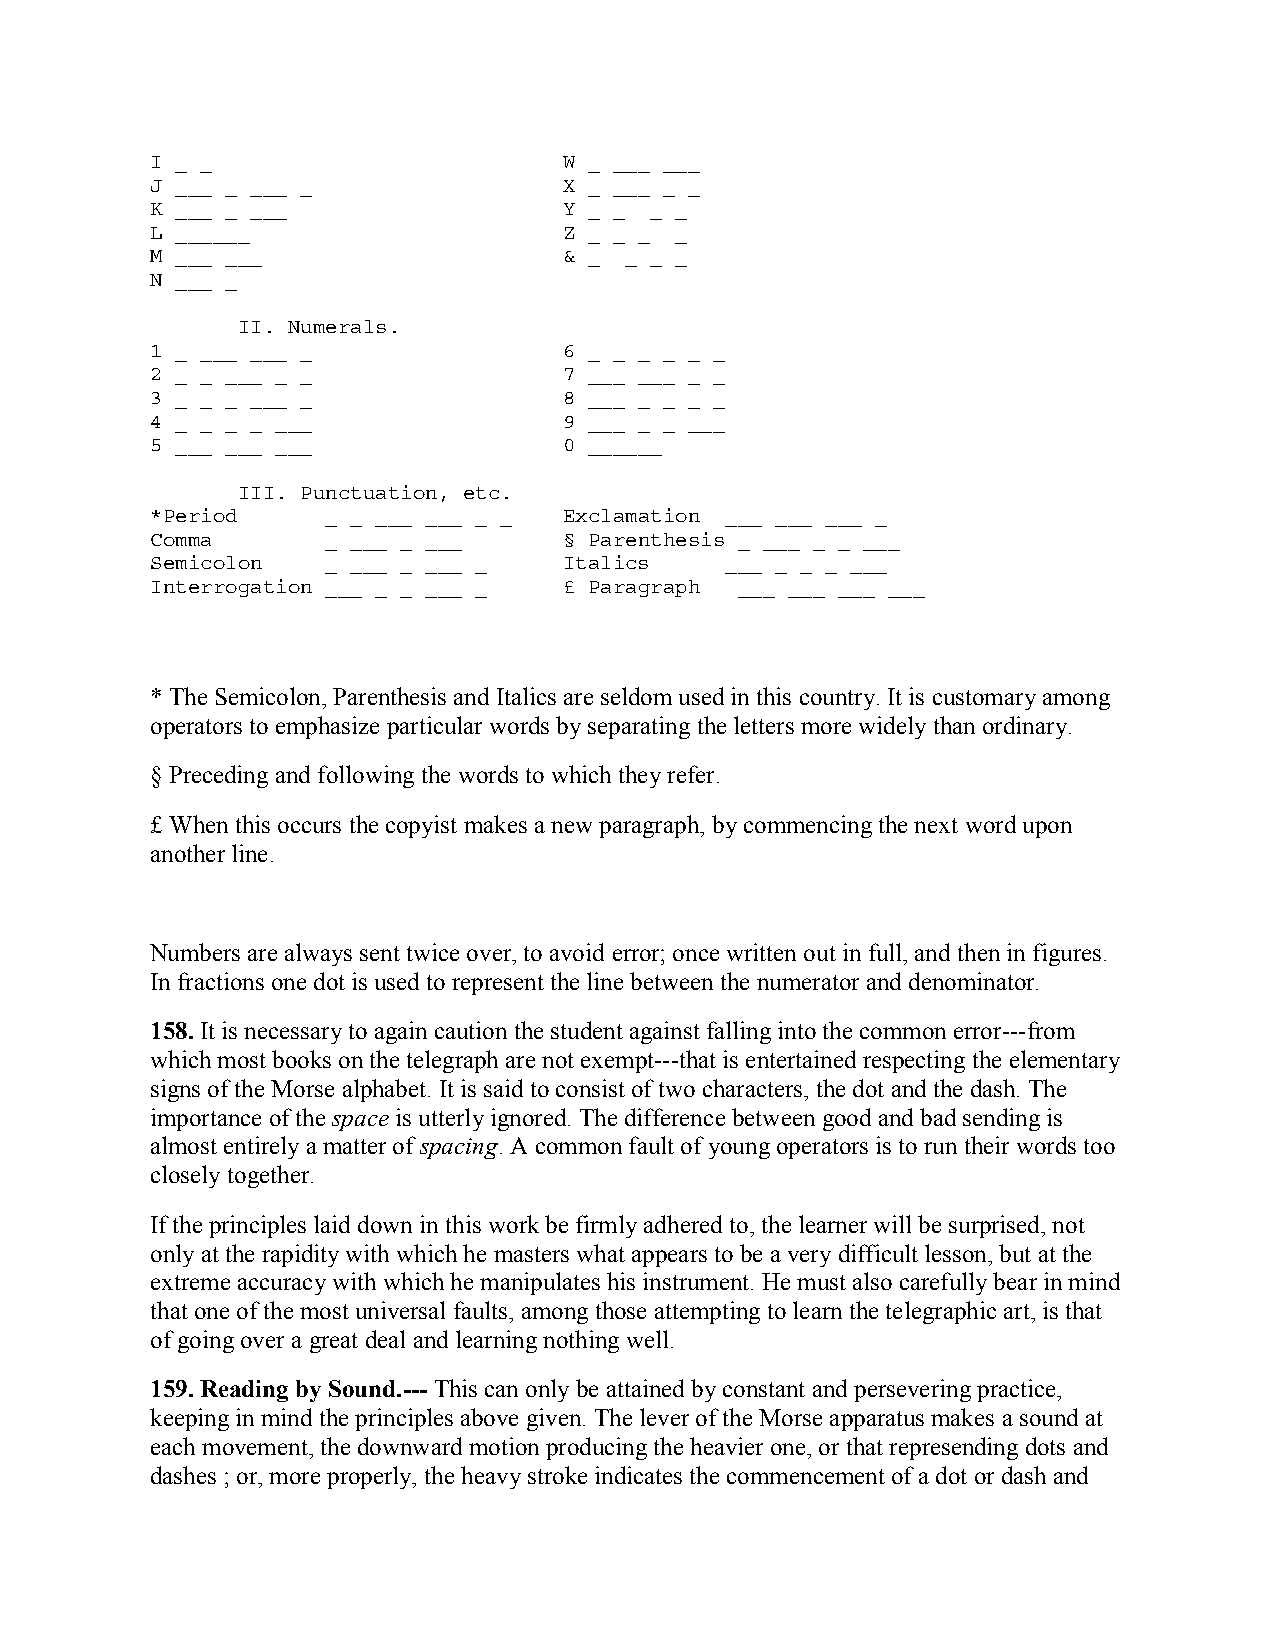
I _ _                      W _ ___ ___
 J ___ _ ___ _              X _ ___ _ _
 K ___ _ ___                Y _ _ _ _
 L ______                   Z _ _ _ _
 M ___ ___                  & _ _ _ _
 N ___ _
 II. Numerals.
 1 _ ___ ___ _              6 _ _ _ _ _ _
 2 _ _ ___ _ _              7 ___ ___ _ _
 3 _ _ _ ___ _              8 ___ _ _ _ _
 4 _ _ _ _ ___              9 ___ _ _ ___
 5 ___ ___ ___              0 ______
 III. Punctuation, etc.
 *Period     _ _ ___ ___ _ _ Exclamation ___ ___ ___ _
 Comma       _ ___ _ ___    § Parenthesis _ ___ _ _ ___
 Semicolon   _ ___ _ ___ _  Italics    ___ _ _ _ ___
 Interrogation ___ _ _ ___ _ £ Paragraph ___ ___ ___ ___
 * The Semicolon, Parenthesis and Italics are seldom used in this country. It is customary among
 operators to emphasize particular words by separating the letters more widely than ordinary.
 § Preceding and following the words to which they refer.
 £ When this occurs the copyist makes a new paragraph, by commencing the next word upon
 another line.
 Numbers are always sent twice over, to avoid error; once written out in full, and then in figures.
 In fractions one dot is used to represent the line between the numerator and denominator.
 158. It is necessary to again caution the student against falling into the common error---from
 which most books on the telegraph are not exempt---that is entertained respecting the elementary
 signs of the Morse alphabet. It is said to consist of two characters, the dot and the dash. The
 importance of the space is utterly ignored. The difference between good and bad sending is
 almost entirely a matter of spacing. A common fault of young operators is to run their words too
 closely together.
 If the principles laid down in this work be firmly adhered to, the learner will be surprised, not
 only at the rapidity with which he masters what appears to be a very difficult lesson, but at the
 extreme accuracy with which he manipulates his instrument. He must also carefully bear in mind
 that one of the most universal faults, among those attempting to learn the telegraphic art, is that
 of going over a great deal and learning nothing well.
 159. Reading by Sound.--- This can only be attained by constant and persevering practice,
 keeping in mind the principles above given. The lever of the Morse apparatus makes a sound at
 each movement, the downward motion producing the heavier one, or that represending dots and
 dashes ; or, more properly, the heavy stroke indicates the commencement of a dot or dash and